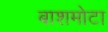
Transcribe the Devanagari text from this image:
बाशमोटा